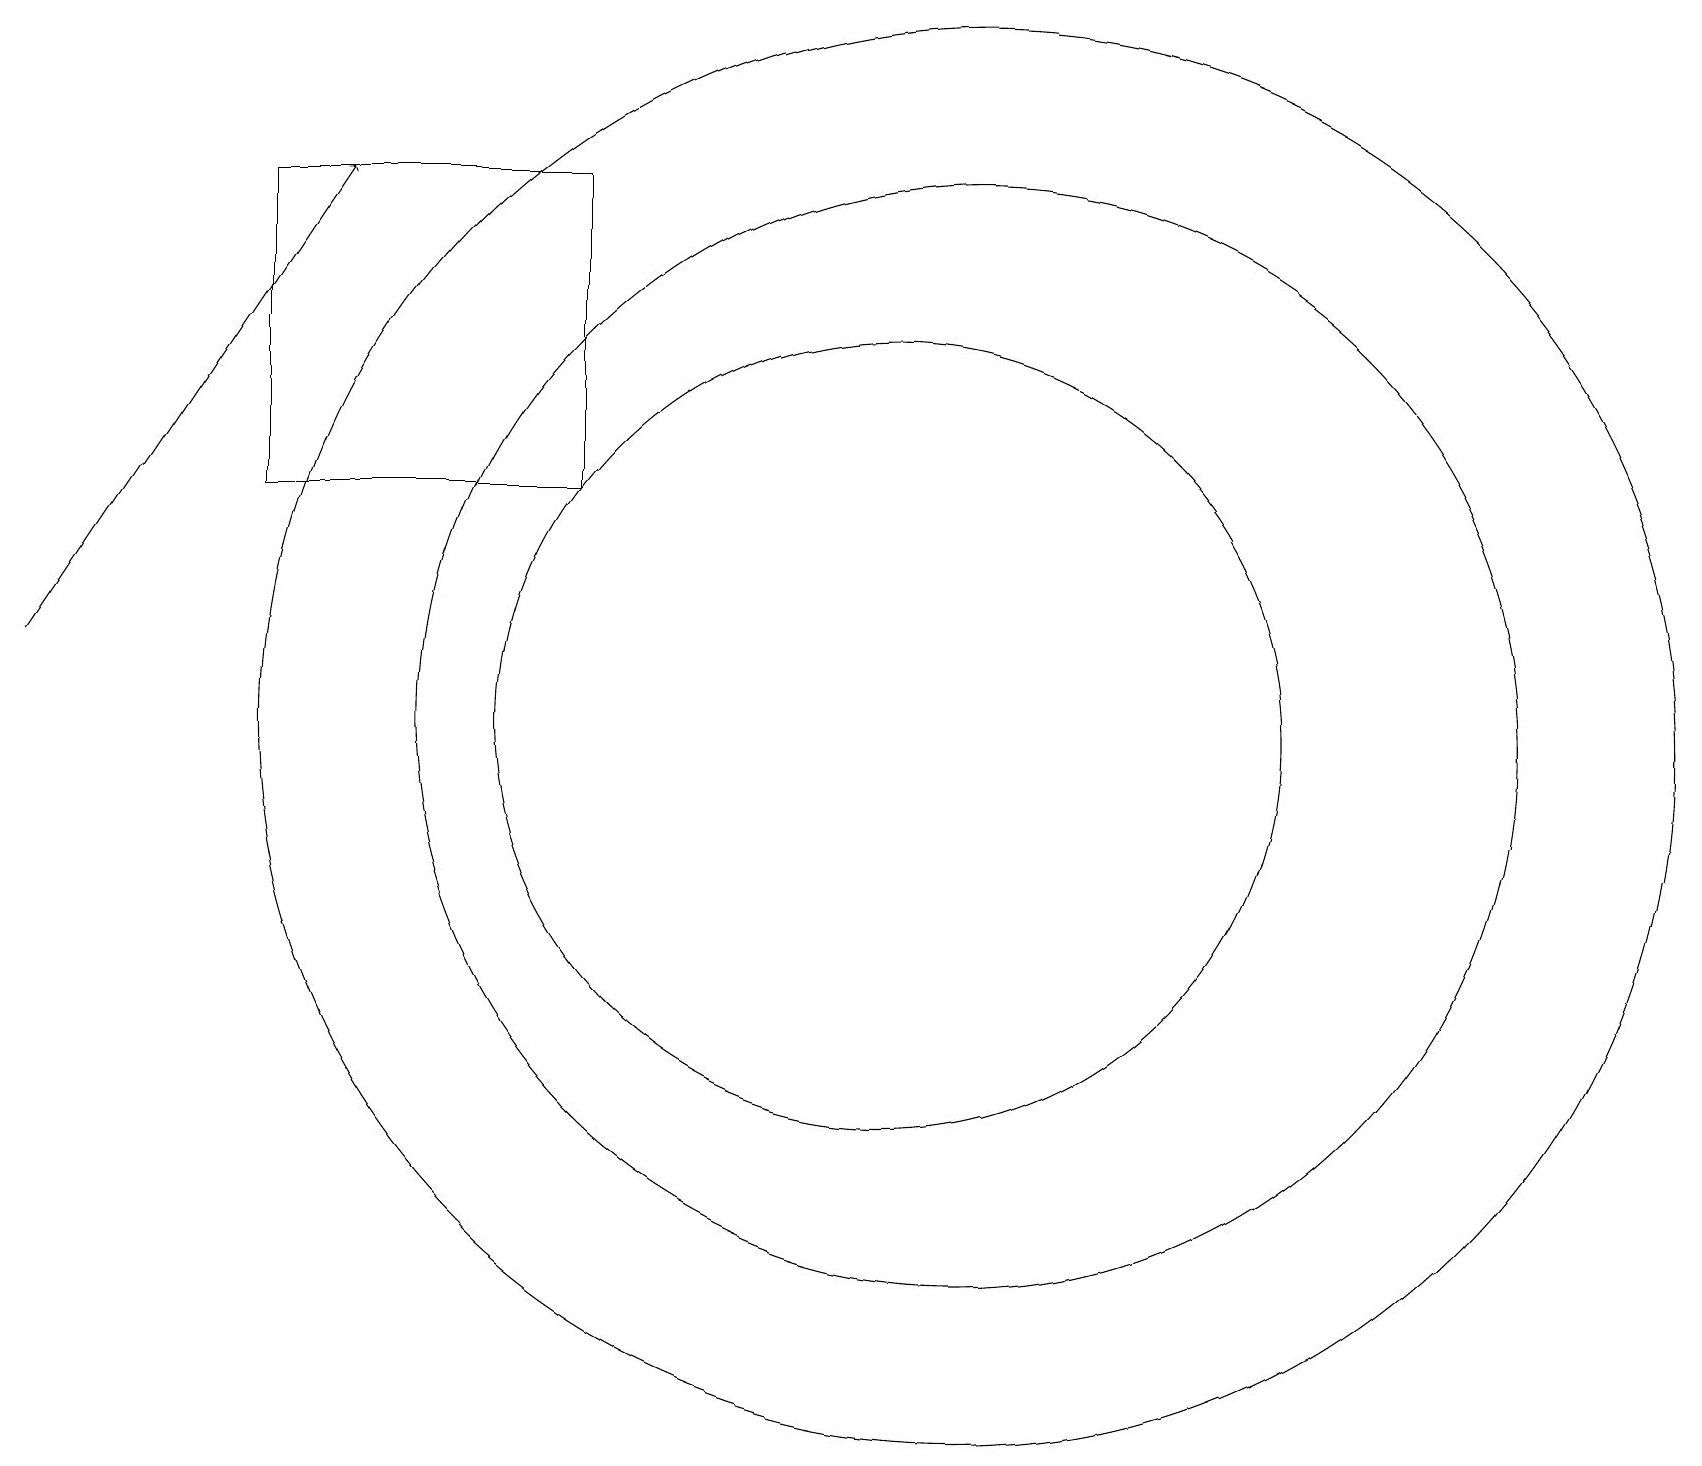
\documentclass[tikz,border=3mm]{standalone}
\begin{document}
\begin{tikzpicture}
\draw (11,10) circle (5);
\draw (3,13) rectangle (7,17);
\draw (12,10) circle (9);
\draw[->] (0,11) -- (4,17);
\draw (12,10) circle (7);
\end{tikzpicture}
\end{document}